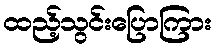
ထည့်သွင်းပြောကြား